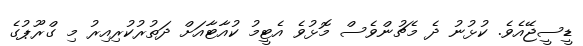
ޑީސީޖޭއެވެ. ކުޅުނު ދެ މެޗުންވެސް މޮޅުވެ އެޓީމު ކުއާޓާއަށް ދަތުރުކުރިއިރު މި ގްރޫޕުގެ